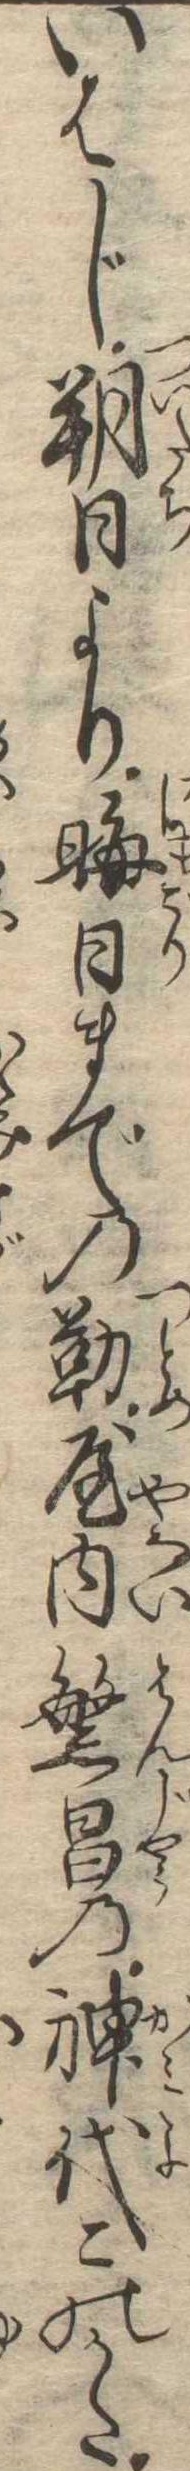
いはじ朔日より晦日までの勤屋内繁昌の神代このかた